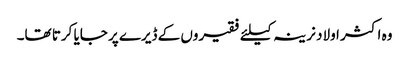
وہ اکثر اولاد نرینہ کیلئے فقیروں کے ڈیرے پر جایا کرتا تھا۔